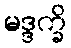
မဒ္ဒက္ခိ